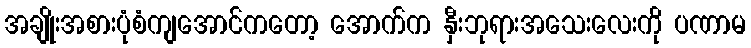
အချိုးအစားပုံစံကျအောင်ကတော့ အောက်က နှီးဘုရားအသေးလေးကို ပဏာမ